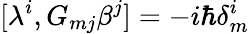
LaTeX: [\lambda^{i},G_{mj}\beta^{j}]=-i\hbar\delta_{m}^{i}